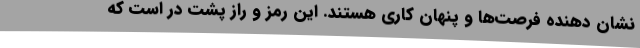
نشان دهنده فرصت‌ها و پنهان کاری هستند. این رمز و راز پشت در است که